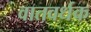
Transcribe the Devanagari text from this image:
वातवर्धक